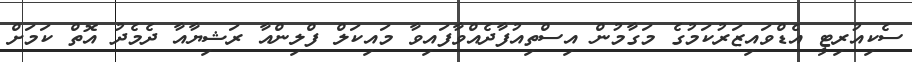
ސެކިއުރިޓީ އެޑްވައިޒަރުކަމުގެ މަގާމުން އިސްތިއުފާދެއްވާފައިވާ މައިކަލް ފްލިންއާ ރަޝިޔާއާ ދެމެދު އޮތް ކަމަށް